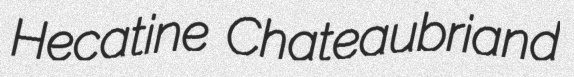
Hecatine Chateaubriand